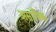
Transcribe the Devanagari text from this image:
असांधिक